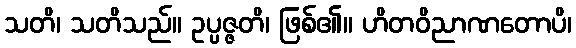
သတိ၊ သတိသည်။ ဥပ္ပဇ္ဇတိ၊ ဖြစ်၏။ ဟိတဝိညာဏတောပိ၊